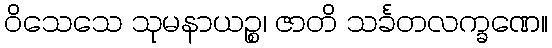
ဝိသေသေ သုမနာယဉ္စ၊ ဇာတိ သင်္ခတလက္ခဏေ။